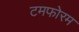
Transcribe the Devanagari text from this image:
टमफोरम